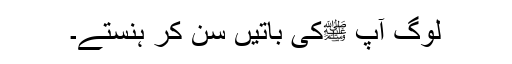
لوگ آپ ﷺکی باتیں سن کر ہنستے۔